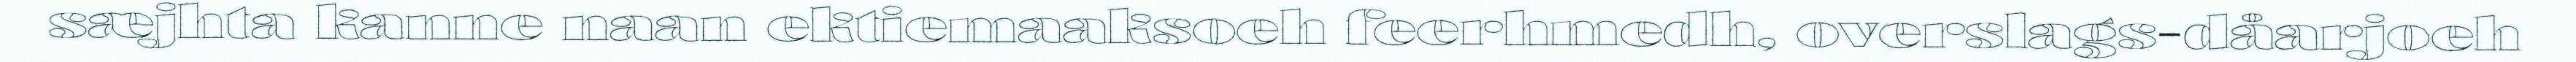
sæjhta kanne naan ektiemaaksoeh feerhmedh, overslags-dåarjoeh